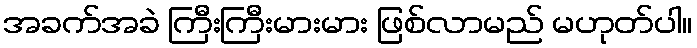
အခက်အခဲ ကြီးကြီးမားမား ဖြစ်လာမည် မဟုတ်ပါ။